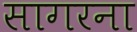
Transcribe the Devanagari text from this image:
सागरना